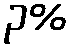
၃%